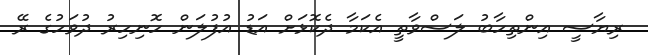
ރިޔާސީ އިންތިހާބު ލަސްވާތީ އެކަމާ ދެކޮޅަށް އަޑު އުފުލަން ހޮނިހިރު ދުވަހުގެ ރޭ